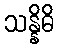
သန္နိဓိ